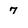
Character: 7